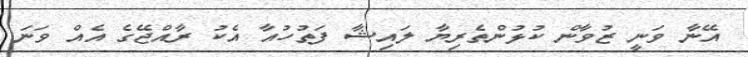
އޭނާ ވަނީ ޒުވާން ކުޅުންތެރިޔާ ލައިޝާ ފަތުހުއާ އެކު ރާއްޖޭގެ އެއް ވަނަ